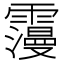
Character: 𩆓